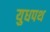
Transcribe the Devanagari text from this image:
युधपथ